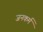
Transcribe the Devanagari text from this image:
जनकर्म